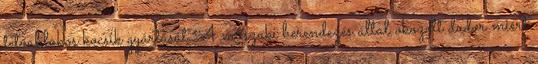
tetőablakos kocsik gyártását.A műszaki berendezés által okozott dudor miért